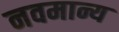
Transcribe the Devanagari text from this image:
नवमान्य